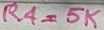
Text: R4=5K